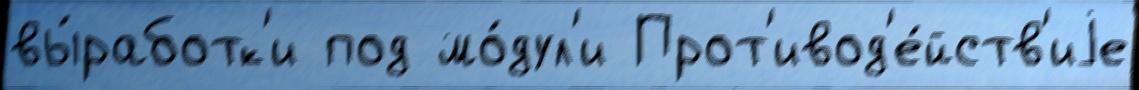
вы́работк'и под мо́дул'и Прот'ивод'е́йств'иjе